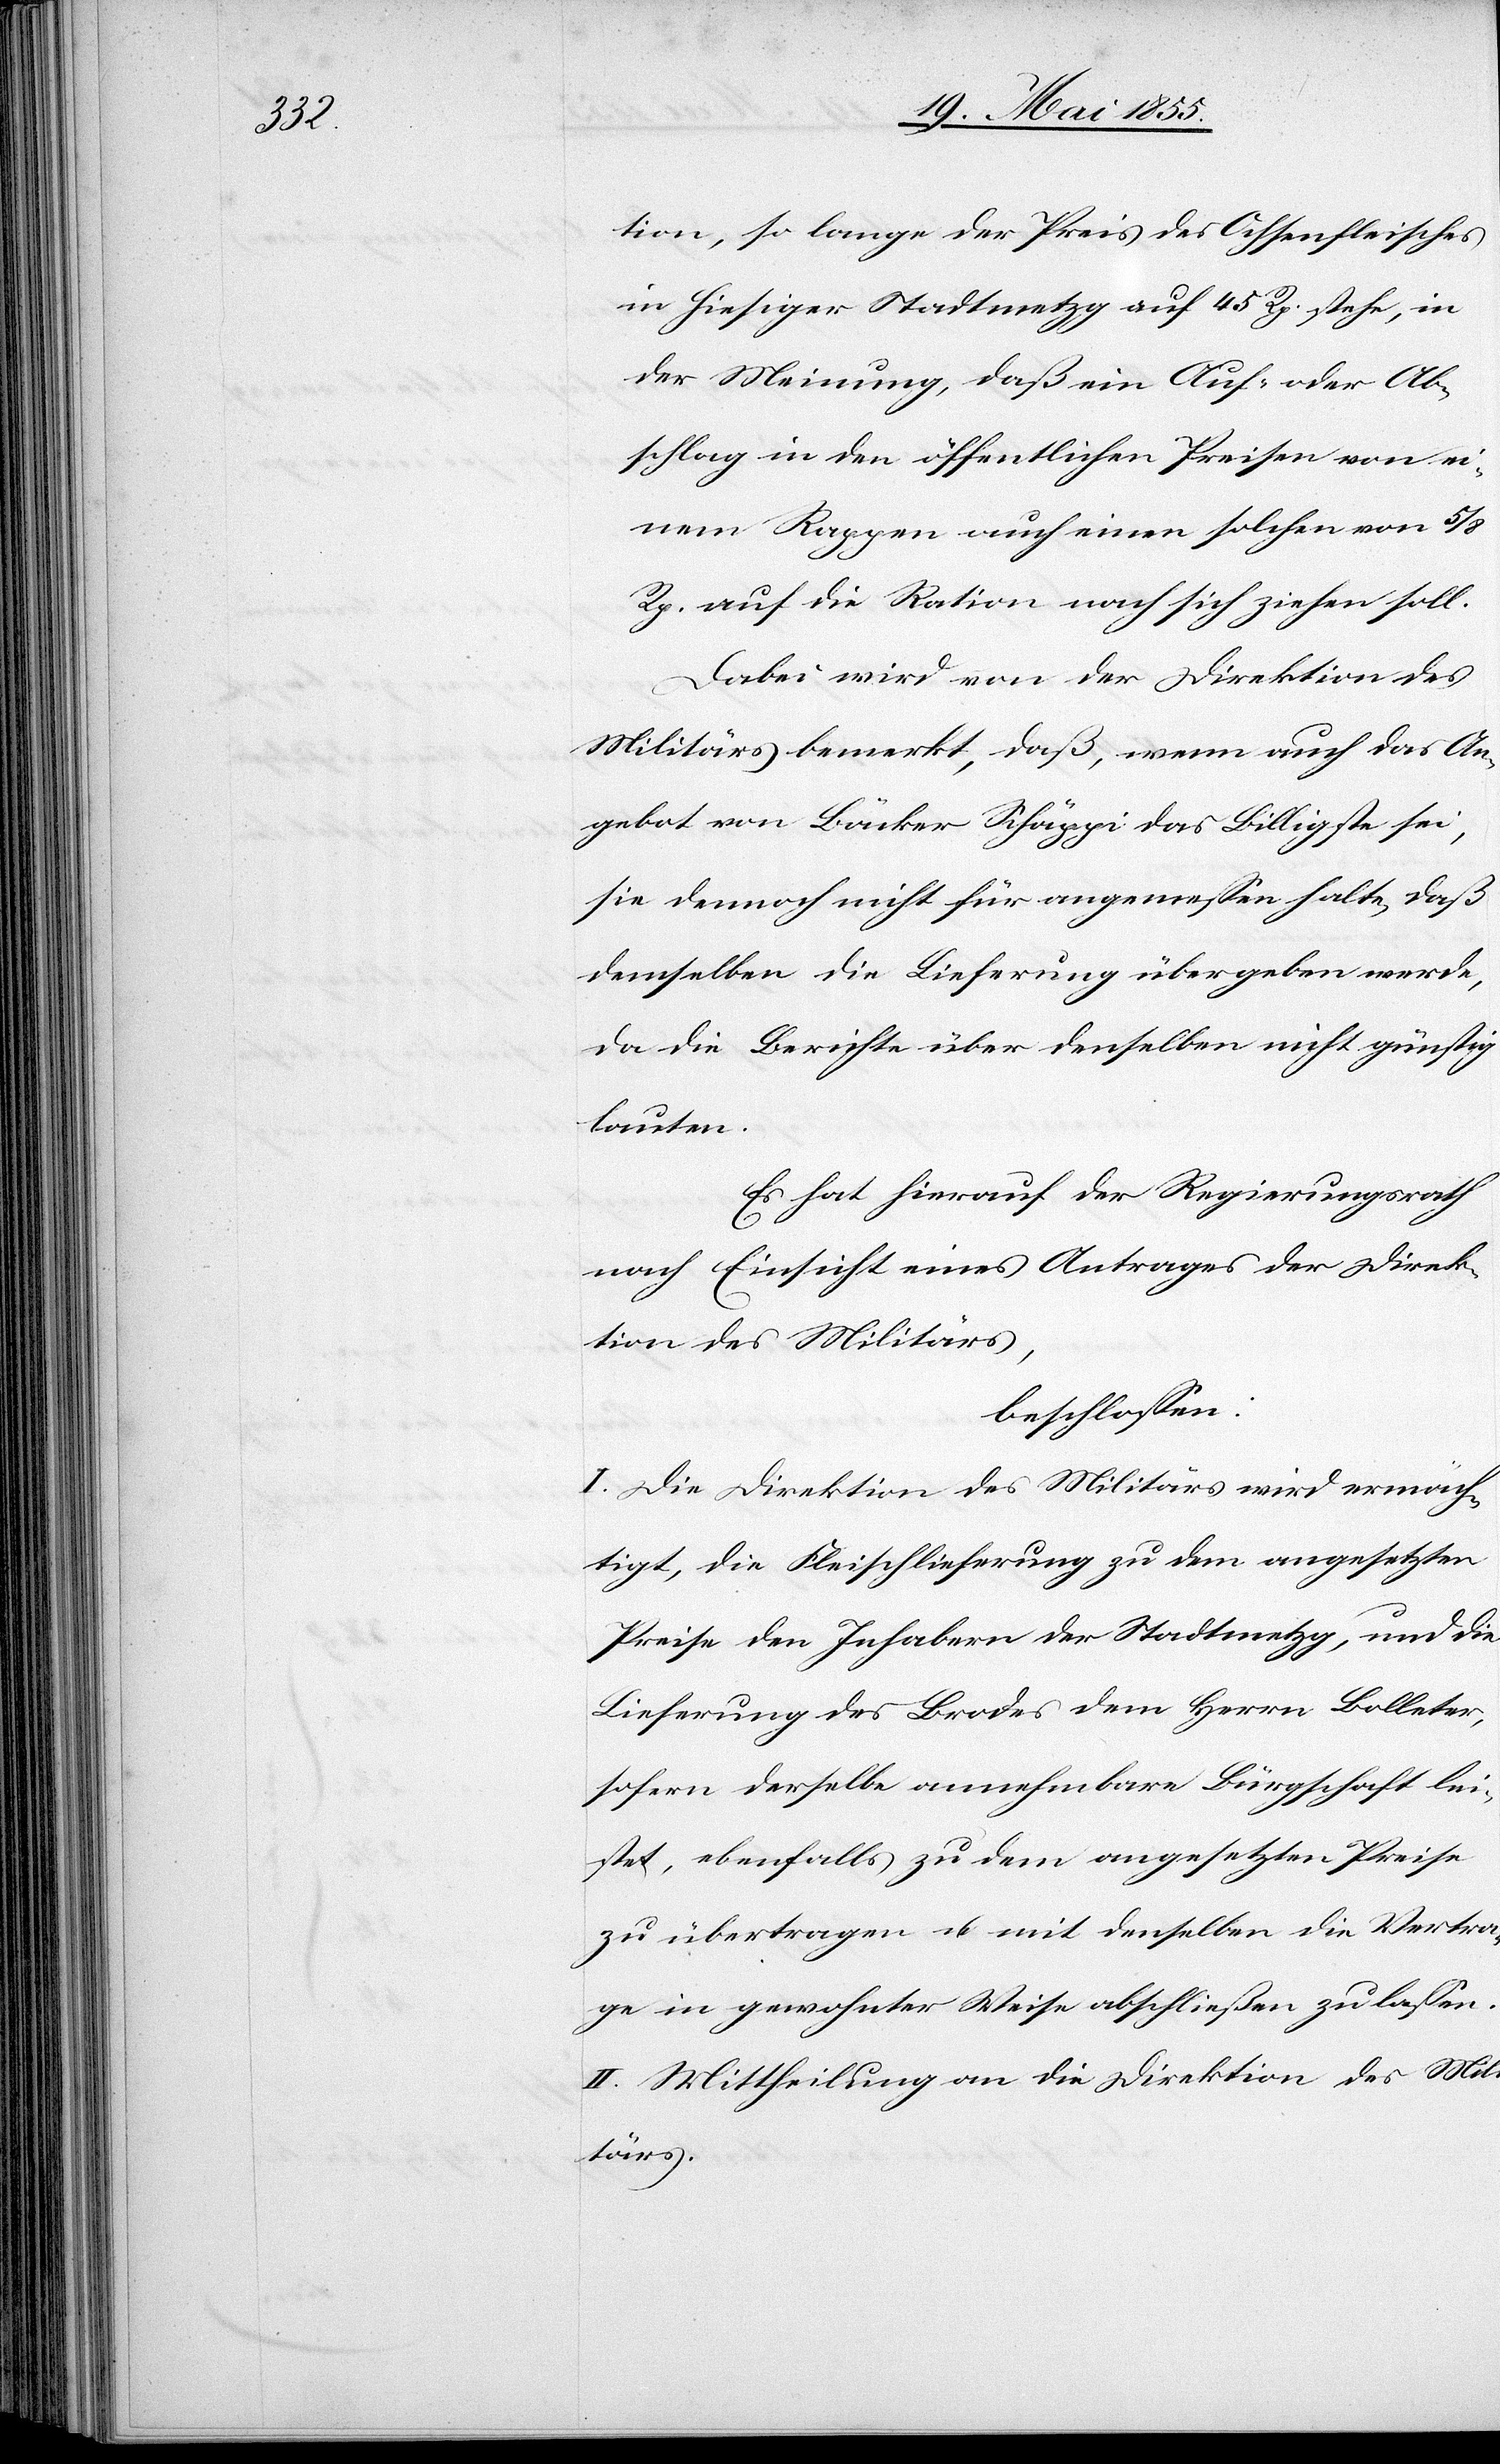
tion, so lange der Preis des Ochsenfleisches
in hiesiger Stadtmetzg auf 45 Rp. stehe, in
der Meinung, daß ein Auf- oder Ab¬
schlag in den öffentlichen Preisen von ei¬
nem Rappen auch einen solchen von 5/8
Rp. auf die Ration nach sich ziehen soll.
Dabei wird von der Direktion des
Militärs bemerkt, daß, wenn auch das An¬
gebot von Bäcker Schäppi das Billigste sei,
sie dennoch nicht für angemessen halte, daß
demselben die Lieferung übergeben werde,
da die Berichte über denselben nicht günstig
lauten.
Es hat hierauf der Regierungsrath
nach Einsicht eines Antrages der Direk¬
tion des Militärs,
beschlossen:
I. Die Direktion des Militärs wird ermäch¬
tigt, die Fleischlieferung zu dem angesetzten
Preise den Inhabern der Stadtmetzg, und die
Lieferung des Brodes dem Herrn Bolleter,
sofern derselbe annehmbare Bürgschaft lei¬
stet, ebenfalls zu dem angesetzten Preise
zu übertragen u. mit denselben die Verträ¬
ge in gewohnter Weise abschließen zu lassen.
II. Mittheilung an die Direktion des Mili¬
tärs.